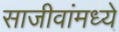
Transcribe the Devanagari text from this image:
साजीवांमध्ये